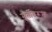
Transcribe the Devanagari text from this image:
मूर्तीवरून